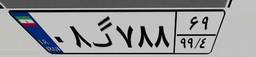
۵۲گ۰۵۹۸۷